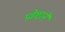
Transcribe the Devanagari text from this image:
प्रवेशाने